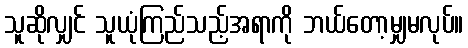
သူဆိုလျှင် သူယုံကြည်သည့်အရာကို ဘယ်တော့မျှမလုပ်။